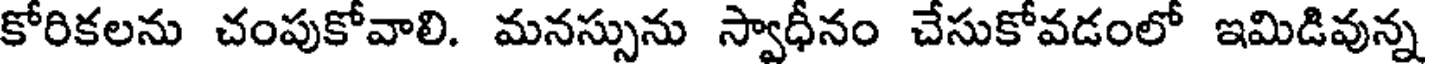
కోరికలను చంపుకోవాలి. మనస్సును స్వాధీనం చేసుకోవడంలో ఇమిడివున్న